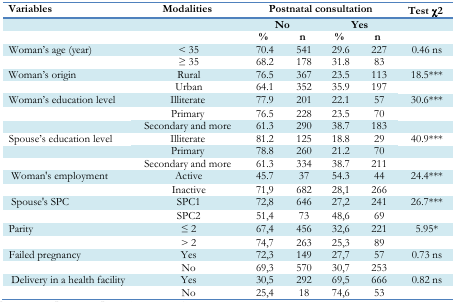
<table><thead><tr><td><b>Variables</b></td><td><b>Modalities</b></td><td colspan="4"><b>Postnatal consultation</b></td><td><b>Test χ2</b></td></tr><tr><td></td><td></td><td colspan="2"><b>No</b></td><td colspan="2"><b>Yes</b></td><td></td></tr><tr><td></td><td></td><td><b>%</b></td><td><b>n</b></td><td><b>%</b></td><td><b>n</b></td><td></td></tr></thead><tbody><tr><td>Woman’s age (year)</td><td>&lt; 35</td><td>70.4</td><td>541</td><td>29.6</td><td>227</td><td>0.46 ns</td></tr><tr><td></td><td>≥ 35</td><td>68.2</td><td>178</td><td>31.8</td><td>83</td><td></td></tr><tr><td>Woman’s origin</td><td>Rural</td><td>76.5</td><td>367</td><td>23.5</td><td>113</td><td>18.5<sup>***</sup></td></tr><tr><td></td><td>Urban</td><td>64.1</td><td>352</td><td>35.9</td><td>197</td><td></td></tr><tr><td>Woman’s education level</td><td>Illiterate</td><td>77.9</td><td>201</td><td>22.1</td><td>57</td><td>30.6<sup>***</sup></td></tr><tr><td></td><td>Primary</td><td>76.5</td><td>228</td><td>23.5</td><td>70</td><td></td></tr><tr><td></td><td>Secondary and more</td><td>61.3</td><td>290</td><td>38.7</td><td>183</td><td></td></tr><tr><td>Spouse’s education level</td><td>Illiterate</td><td>81.2</td><td>125</td><td>18.8</td><td>29</td><td>40.9<sup>***</sup></td></tr><tr><td></td><td>Primary</td><td>78.8</td><td>260</td><td>21.2</td><td>70</td><td></td></tr><tr><td></td><td>Secondary and more</td><td>61.3</td><td>334</td><td>38.7</td><td>211</td><td></td></tr><tr><td>Woman’s employment</td><td>Active</td><td>45.7</td><td>37</td><td>54.3</td><td>44</td><td>24.4<sup>***</sup></td></tr><tr><td></td><td>Inactive</td><td>71,9</td><td>682</td><td>28,1</td><td>266</td><td></td></tr><tr><td>Spouse’s SPC</td><td>SPC1</td><td>72,8</td><td>646</td><td>27,2</td><td>241</td><td>26.7<sup>***</sup></td></tr><tr><td></td><td>SPC2</td><td>51,4</td><td>73</td><td>48,6</td><td>69</td><td></td></tr><tr><td>Parity</td><td>≤ 2</td><td>67,4</td><td>456</td><td>32,6</td><td>221</td><td>5.95<sup>*</sup></td></tr><tr><td></td><td>&gt; 2</td><td>74,7</td><td>263</td><td>25,3</td><td>89</td><td></td></tr><tr><td>Failed pregnancy</td><td>Yes</td><td>72,3</td><td>149</td><td>27,7</td><td>57</td><td>0.73 ns</td></tr><tr><td></td><td>No</td><td>69,3</td><td>570</td><td>30,7</td><td>253</td><td></td></tr><tr><td>Delivery in a health facility</td><td>Yes</td><td>30,5</td><td>292</td><td>69,5</td><td>666</td><td>0.82 ns</td></tr><tr><td></td><td>No</td><td>25,4</td><td>18</td><td>74,6</td><td>53</td><td></td></tr></tbody></table>